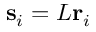
\mathbf { s } _ { i } = L \mathbf { r } _ { i }